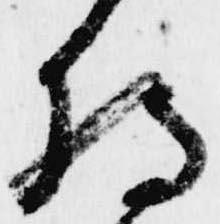
持